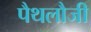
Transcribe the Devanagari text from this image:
पैथलौजी